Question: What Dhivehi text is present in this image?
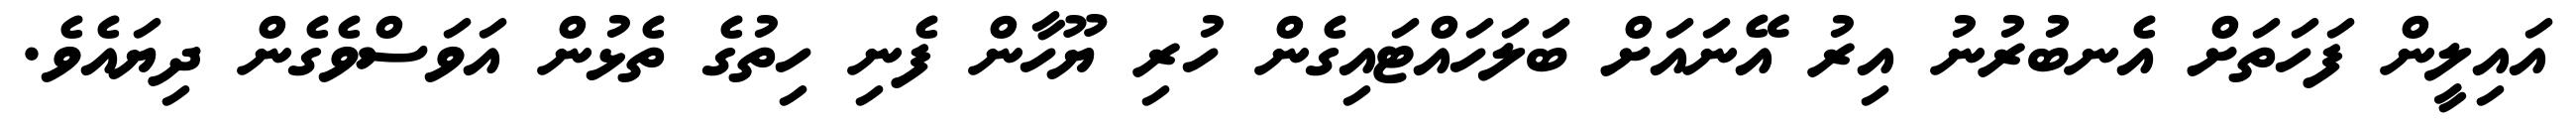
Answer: އައިލީން ފަހަތަށް އެނބުރުނު އިރު އޭނައަށް ބަލަހައްޓައިގެން ހުރި ޔޫހާން ފެނި ހިތުގެ ތެޅުން އަވަސްވެގެން ދިޔައެވެ.